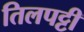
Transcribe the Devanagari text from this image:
तिलपट्टी